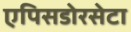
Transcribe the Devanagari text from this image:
एपिसडोरसेटा